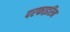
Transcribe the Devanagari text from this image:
परफाइरिन